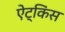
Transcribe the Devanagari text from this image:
ऐट्किंस